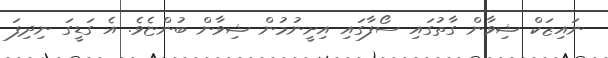
ނައިޒަކް ޝިވާން ގާތުގައި ސޯފާގައި އިށީނުމުން ޝިވާން ބުންޏެވެ. އެ ގަޑީގަ ނިދިފަ